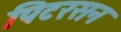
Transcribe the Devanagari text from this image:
पिटरसन